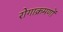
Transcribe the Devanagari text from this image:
रोगाक्रमणों